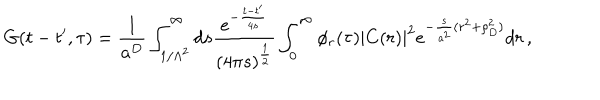
LaTeX: G ( t - t ^ { \prime } , \tau ) = \frac { 1 } { a ^ { D } } \int _ { 1 / \Lambda ^ { 2 } } ^ { \infty } d s \frac { e ^ { - \frac { t - t ^ { \prime } } { 4 s } } } { ( 4 \pi s ) ^ { \frac { 1 } { 2 } } } \int _ { 0 } ^ { \infty } \phi _ { r } ( \tau ) | C ( r ) | ^ { 2 } e ^ { - \frac { s } { a ^ { 2 } } ( r ^ { 2 } + \rho _ { D } ^ { 2 } ) } d r \, ,